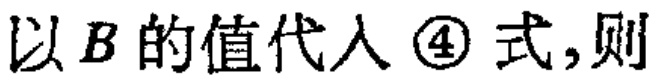
以\(B\)的值代入 \textcircled{4} 式,则